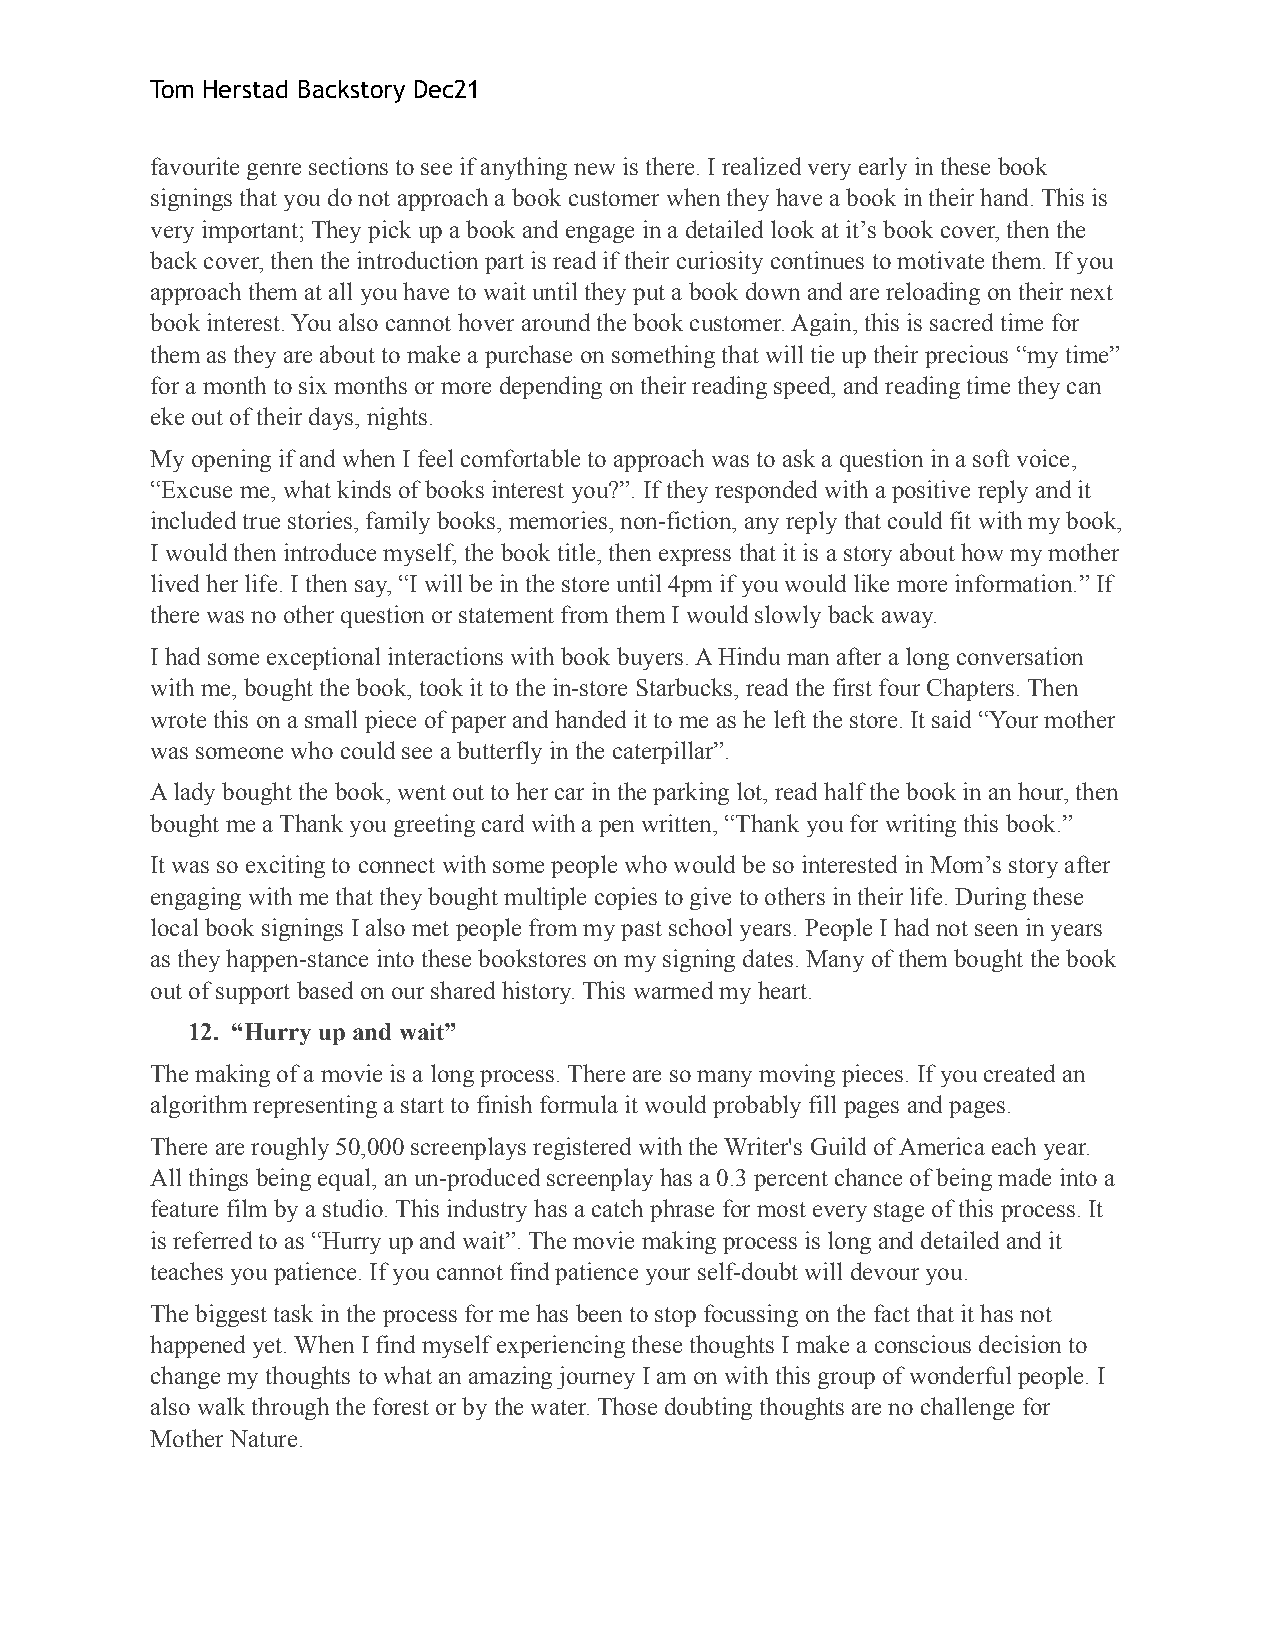
Tom Herstad Backstory Dec21
 favourite genre sections to see if anything new is there. I realized very early in these book
 signings that you do not approach a book customer when they have a book in their hand. This is
 very important; They pick up a book and engage in a detailed look at itʼs book cover, then the
 back cover, then the introduction part is read if their curiosity continues to motivate them. If you
 approach them at all you have to wait until they put a book down and are reloading on their next
 book interest. You also cannot hover around the book customer. Again, this is sacred time for
 them as they are about to make a purchase on something that will tie up their precious “my time”
 for a month to six months or more depending on their reading speed, and reading time they can
 eke out of their days, nights.
 My opening if and when I feel comfortable to approach was to ask a question in a soft voice,
 “Excuse me, what kinds of books interest you?”. If they responded with a positive reply and it
 included true stories, family books, memories, non-fiction, any reply that could fit with my book,
 I would then introduce myself, the book title, then express that it is a story about how my mother
 lived her life. I then say, “I will be in the store until 4pm if you would like more information.” If
 there was no other question or statement from them I would slowly back away.
 I had some exceptional interactions with book buyers. A Hindu man after a long conversation
 with me, bought the book, took it to the in-store Starbucks, read the first four Chapters. Then
 wrote this on a small piece of paper and handed it to me as he left the store. It said “Your mother
 was someone who could see a butterfly in the caterpillar”.
 A lady bought the book, went out to her car in the parking lot, read half the book in an hour, then
 bought me a Thank you greeting card with a pen written, “Thank you for writing this book.”
 It was so exciting to connect with some people who would be so interested in Momʼs story after
 engaging with me that they bought multiple copies to give to others in their life. During these
 local book signings I also met people from my past school years. People I had not seen in years
 as they happen-stance into these bookstores on my signing dates. Many of them bought the book
 out of support based on our shared history. This warmed my heart.
 12. “Hurry up and wait”
 The making of a movie is a long process. There are so many moving pieces. If you created an
 algorithm representing a start to finish formula it would probably fill pages and pages.
 There are roughly 50,000 screenplays registered with the Writer's Guild of America each year.
 All things being equal, an un-produced screenplay has a 0.3 percent chance of being made into a
 feature film by a studio. This industry has a catch phrase for most every stage of this process. It
 is referred to as “Hurry up and wait”. The movie making process is long and detailed and it
 teaches you patience. If you cannot find patience your self-doubt will devour you.
 The biggest task in the process for me has been to stop focussing on the fact that it has not
 happened yet. When I find myself experiencing these thoughts I make a conscious decision to
 change my thoughts to what an amazing journey I am on with this group of wonderful people. I
 also walk through the forest or by the water. Those doubting thoughts are no challenge for
 Mother Nature.